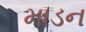
માડન